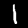
Label: 1